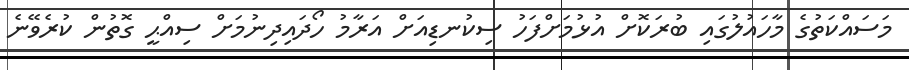
މަސައްކަތުގެ މާހައުލުގައި ބުރަކޮށް އުޅުމަށްފަހު ސިކުނޑިއަށް އަރާމު ހޯދައިދިނުމަށް ސިއްޙީ ގޮތުން ކުރެވޭނެ